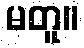
မတူ။